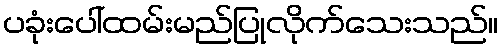
ပခုံးပေါ်ထမ်းမည်ပြုလိုက်သေးသည်။